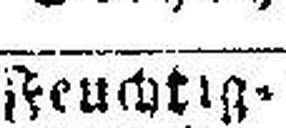
Feuchtig¬